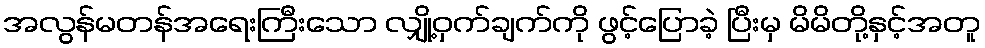
အလွန်မတန်အရေးကြီးသော လျှို့ဝှက်ချက်ကို ဖွင့်ပြောခဲ့ ပြီးမှ မိမိတို့နှင့်အတူ